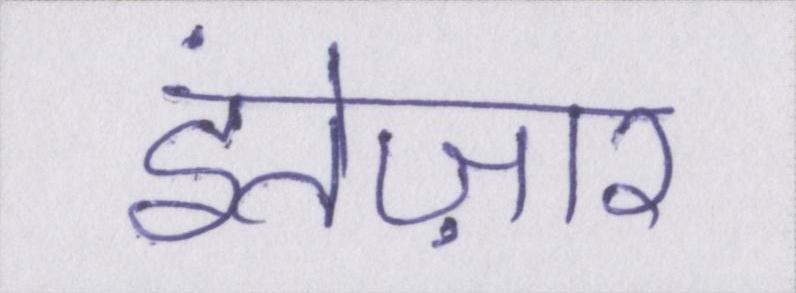
इंतेज़ार